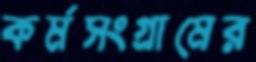
কর্মসংগ্রামের